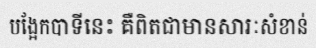
បង្អែកបាទីនេះ គឺពិតជាមានសារៈសំខាន់